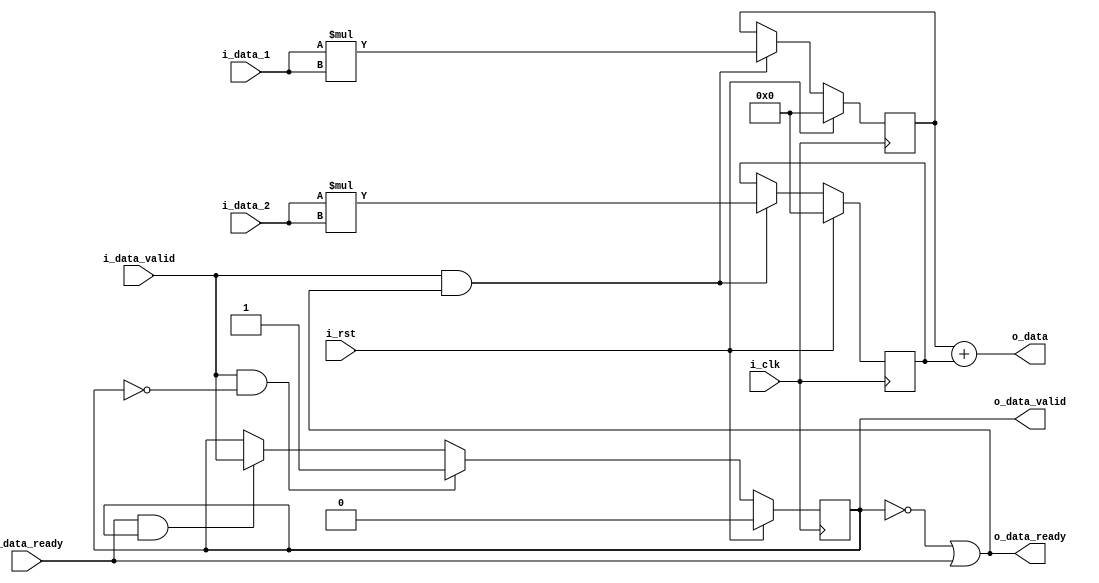
`timescale 1ns / 1ps
//////////////////////////////////////////////////////////////////////////////////
// Company: 
// Engineer: 
// 
// Design Name: 
// Module Name: con_sobel_pipe_stage
// Project Name: 
// Target Devices: 
// Tool Versions: 
// Description: 
// 
// Dependencies: 
// 
// Revision:
// Revision 0.01 - File Created
// Additional Comments:
// 
//////////////////////////////////////////////////////////////////////////////////


module con_sobel_pipe_stage(
    input i_clk,
    input i_rst,
    
    //upstream
    input [15:0]i_data_1,
    input [15:0]i_data_2,
    input i_data_valid,
    output o_data_ready,
    
    //downstream
    output [31:0]o_data,
    output o_data_valid,
    input i_data_ready
    );
    
    reg [31:0] convolved_data_int1;
    reg [31:0] convolved_data_int2;
    wire [31:0] convolved_data_int;
    reg valid_data;
    
    always @(posedge i_clk)
    begin
        if(i_rst)
        begin
            convolved_data_int1 <= 0;
            convolved_data_int2 <= 0;
        end
        else
        begin
            if(i_data_valid & o_data_ready)
            begin
                convolved_data_int1 <= $signed(i_data_1)*$signed(i_data_1);
                convolved_data_int2 <= $signed(i_data_2)*$signed(i_data_2);
            end
        end
    end
    
    assign convolved_data_int = convolved_data_int1+convolved_data_int2;

    always @(posedge i_clk)
    begin
        if(i_rst)
            valid_data <= 0;
        else if(i_data_valid & !valid_data)
            valid_data <= 1;
        else if(i_data_ready & valid_data)
            valid_data <= i_data_valid; 
    end
    
    assign o_data_ready = ~valid_data | i_data_ready ;
    assign o_data_valid = valid_data; 
    
    assign o_data = convolved_data_int;
    
endmodule